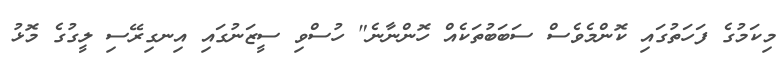
މިކަމުގެ ފަހަތުގައި ކޮންމެވެސް ސަބަބުތަކެއް ހޮންނާނެ" ހުސްވި ސީޒަނުގައި އިނގިރޭސި ލީގުގެ މޮޅު